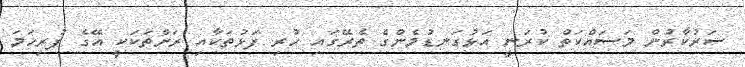
ސަރުކާރުން މަސައްކަތް ކުރަނީ އަޅުގަނޑުމެންގެ ތެރޭގައި ހުރި ފަޅުތަކާއި ރަށްތަކަކީ އޭގެ ފުރިހަމަ